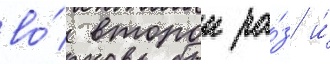
во́ второи ра́з и́